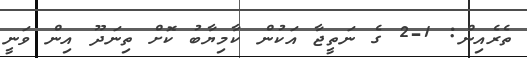
ތެރެއިން: 1-2 ގެ ނަތީޖާ އަކުން ކާމިޔާބު ކޮށް ތިނަދޫ އިން ވަނީ